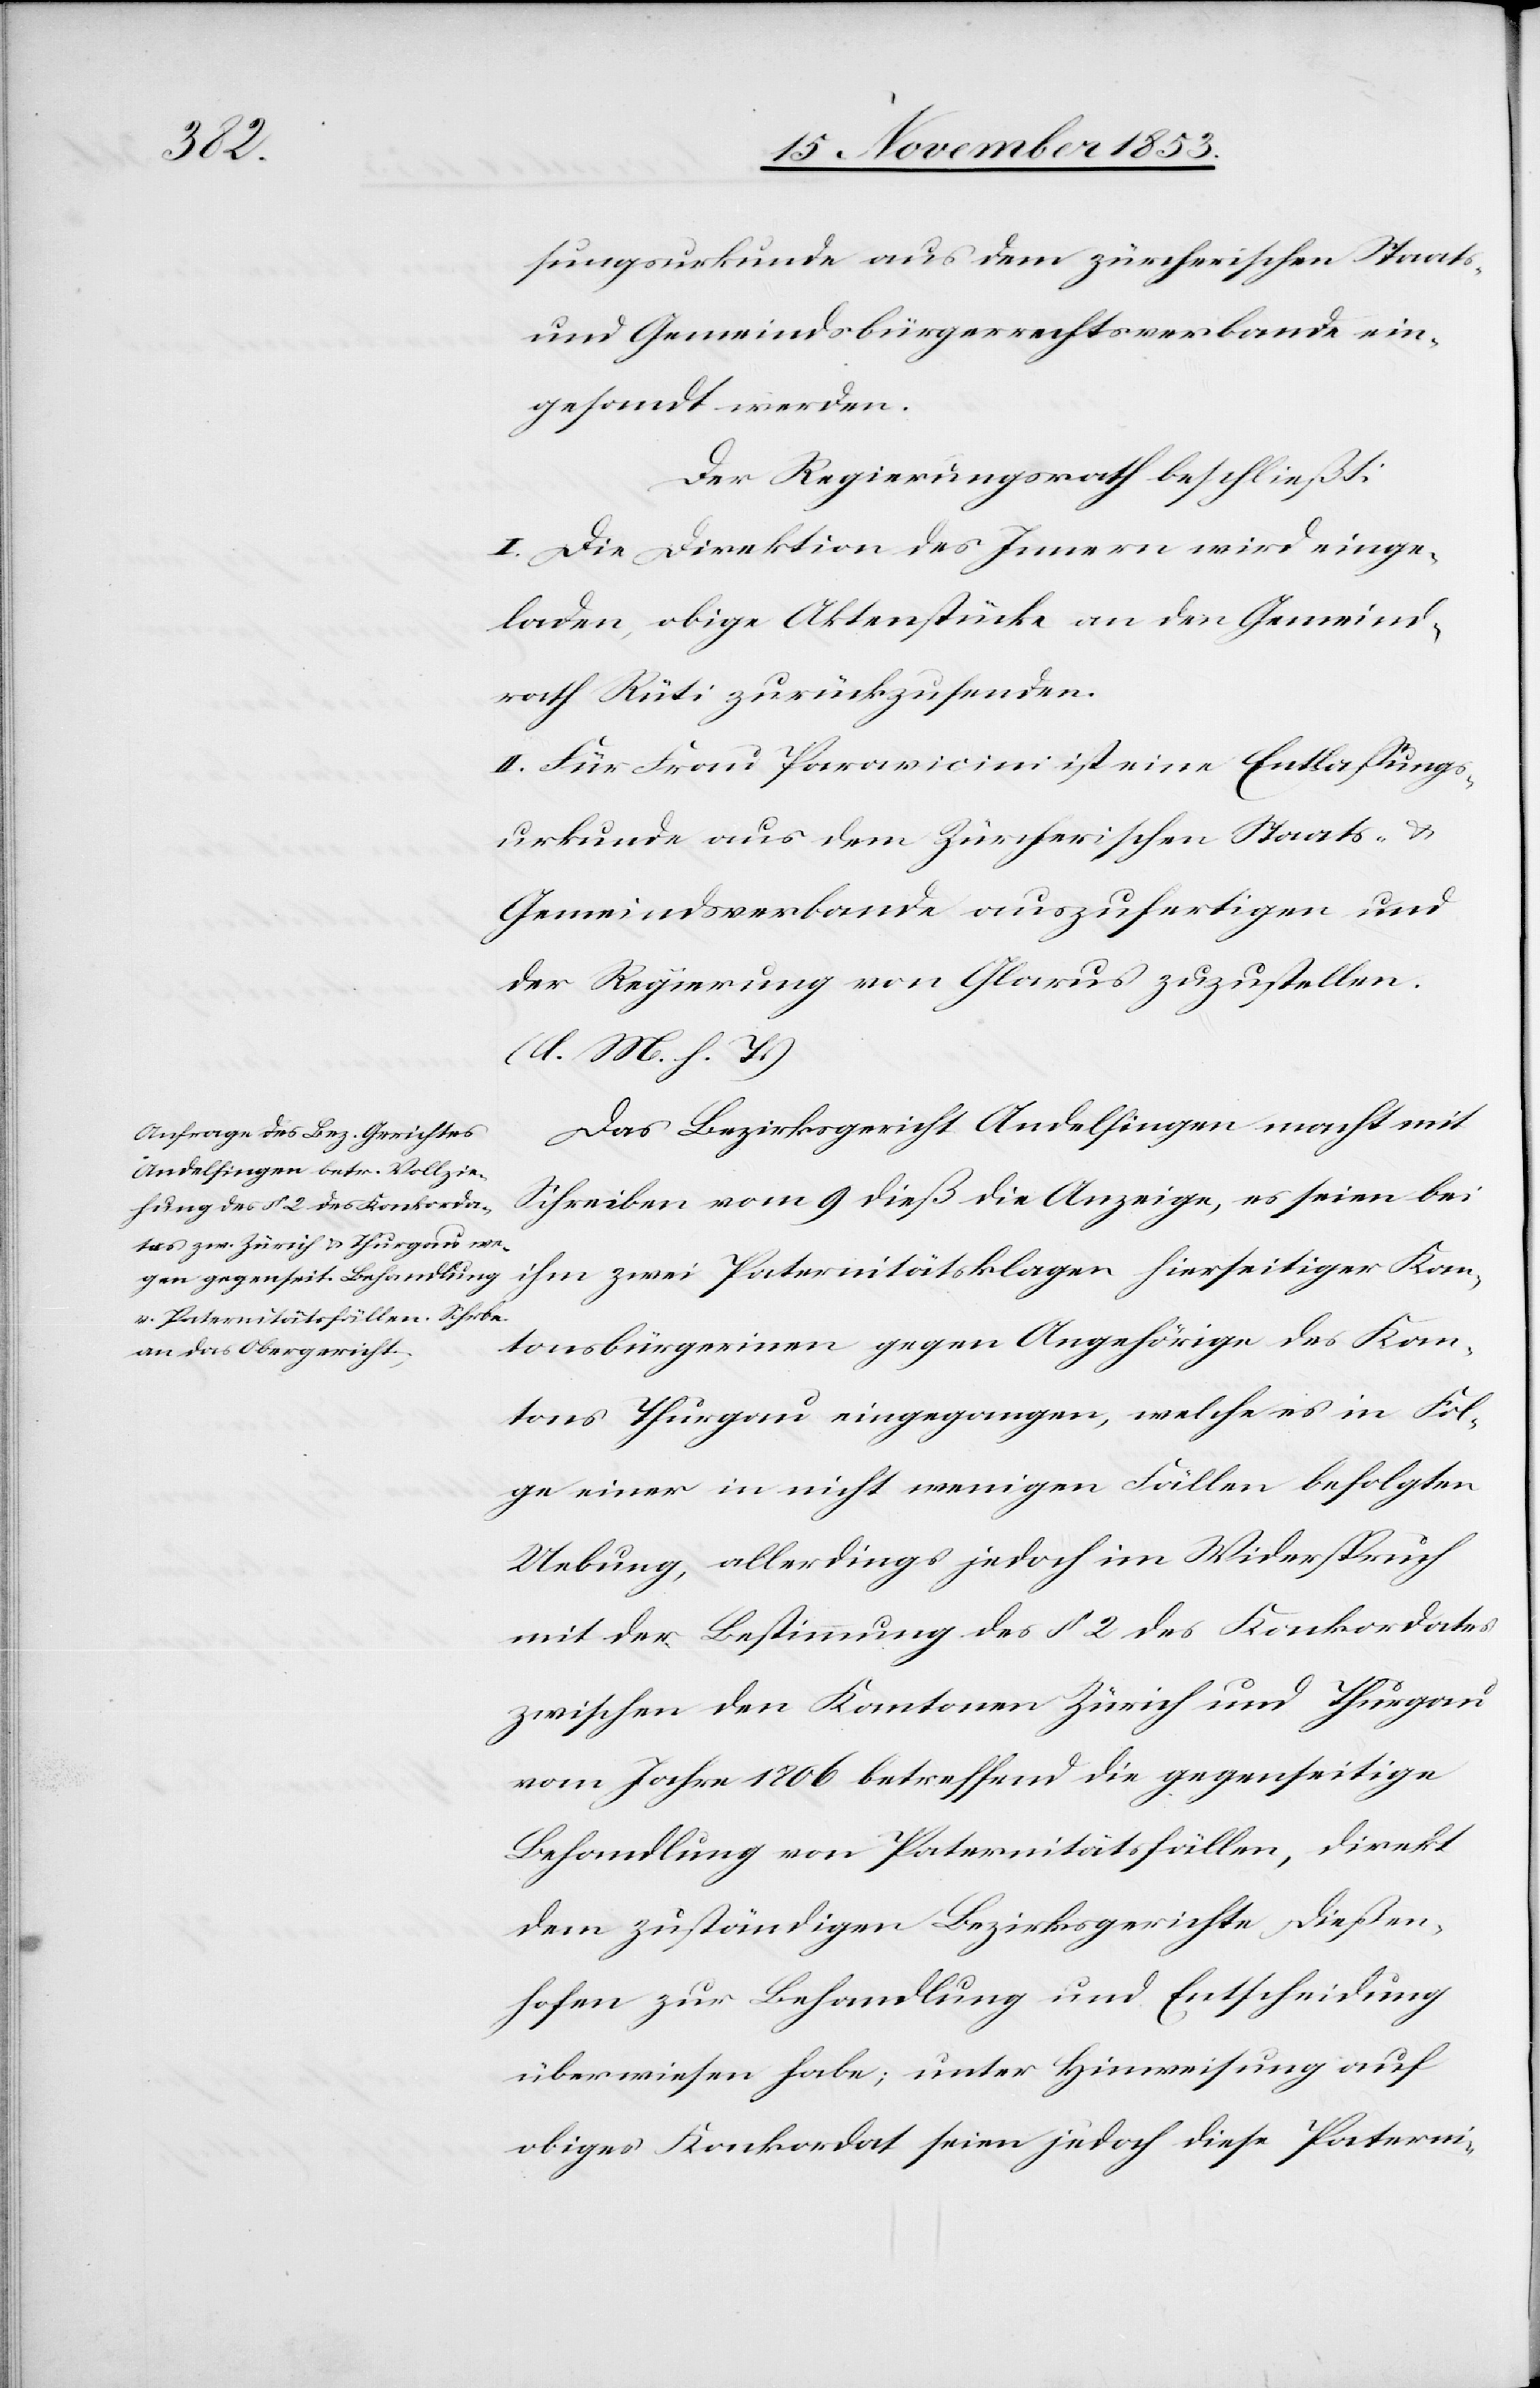
sungsurkunde aus dem zürcherischen Staats-
und Gemeindsbürgerrechtsverbande ein¬
gesandt werden.
Der Regierungsrath beschließt:
I. Die Direktion des Innern wird einge¬
laden, obige Aktenstücke an den Gemeind¬
rath Rüti zurückzusenden.
II. Für Frau Paravicini ist eine Entlassungs¬
urkunde aus dem Zürcherischen Staats- u.
Gemeindsverbande auszufertigen und
der Regierung von Glarus zuzustellen.
(l. M. h. T)
Das Bezirksgericht Andelfingen macht mit
Schreiben vom 9 dieß die Anzeige, es seien bei
ihm zwei Paternitätsklagen hierseitiger Kan¬
tonsbürgerinnen gegen Angehörige des Kan¬
tons Thurgau eingegangen, welche es in Fol¬
ge einer in nicht wenigen Fällen befolgten
Uebung, allerdings jedoch im Widerspruch
mit der Bestimmung des § 2 des Konkordates
zwischen den Kantonen Zürich und Thurgau
vom Jahre 1806 betreffend die gegenseitige
Behandlung von Paternitätsfällen, direkt
dem zuständigen Bezirksgerichte Dießen¬
hofen zur Behandlung und Entscheidung
überwiesen habe, unter Hinweisung auf
obiges Konkordat seien jedoch diese Paterni-